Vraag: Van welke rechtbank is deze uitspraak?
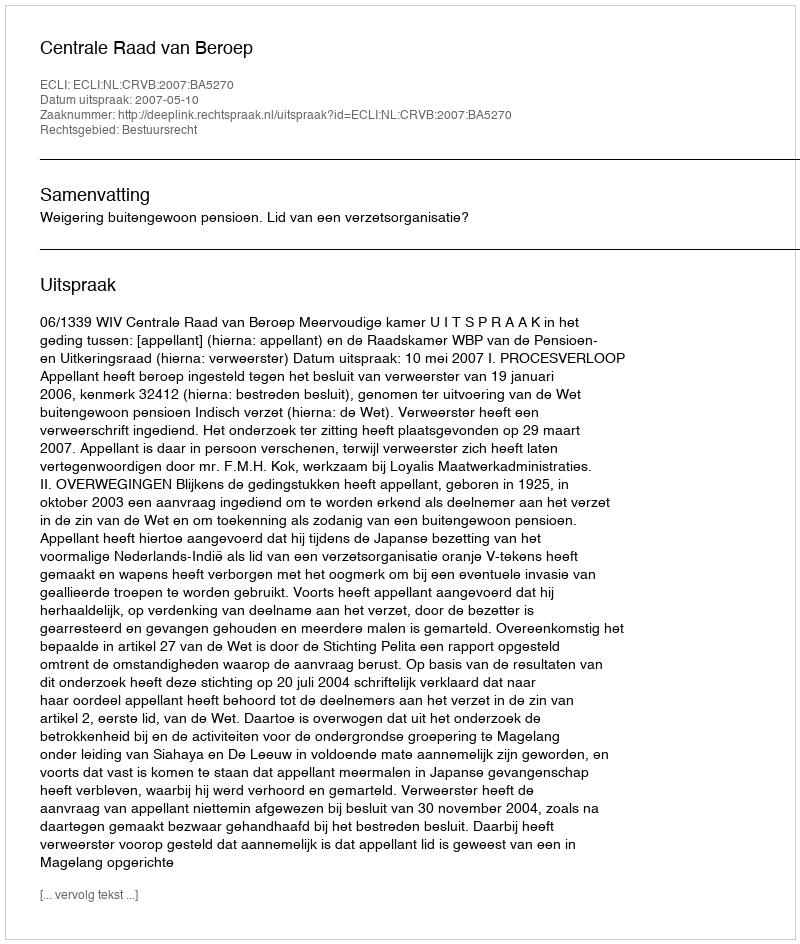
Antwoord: Centrale Raad van Beroep